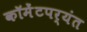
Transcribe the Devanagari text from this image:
कॉमेंटपर्यंत